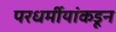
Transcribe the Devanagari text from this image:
परधर्मीयांकडून